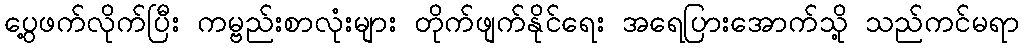
ပွေ့ဖက်လိုက်ပြီး ကမ္ဗည်းစာလုံးများ တိုက်ဖျက်နိုင်ရေး အရေပြားအောက်သို့ သည်ကင်မရာ